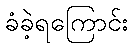
ခံခဲ့ရကြောင်း